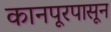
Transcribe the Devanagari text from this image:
कानपूरपासून